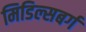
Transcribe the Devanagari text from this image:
मिडिल्सबर्ग